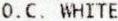
O.C. WHITE